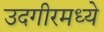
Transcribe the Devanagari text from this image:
उदगीरमध्ये